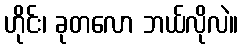
ဟိုင်း၊ ခုတလော ဘယ်လိုလဲ။